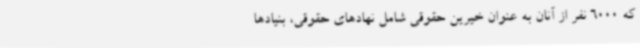
که 6000 نفر از آنان به عنوان خیرین حقوقی شامل نهادهای حقوقی، بنیادها